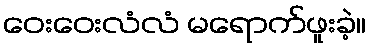
ဝေးဝေးလံလံ မရောက်ဖူးခဲ့။